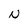
Character: N